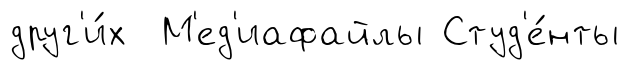
друг'и́х М'ед'иафайлы Студ'е́нты